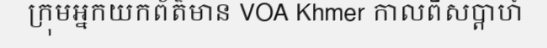
ក្រុមអ្នកយកព័ត៌មាន VOA Khmer កាលពីសប្តាហ៍